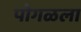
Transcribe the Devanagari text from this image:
पोगळला